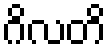
ဂိလတိ